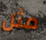
مثل